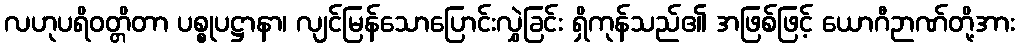
လဟုပရိဝတ္တိတာ ပစ္စုပဋ္ဌာနာ၊ လျင်မြန်သောပြောင်းလွှဲခြင်း ရှိကုန်သည်၏ အဖြစ်ဖြင့် ယောဂီဉာဏ်တို့အား